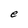
Character: e